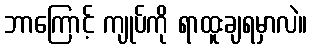
ဘာကြောင့် ကျုပ်ကို ရာထူးချရမှာလဲ။